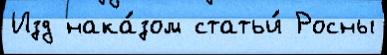
Изд нака́зом статьи́ Росны